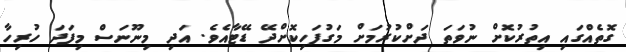
ގޮތެއްގައި އިތުރުކޮށް ނުވަތަ ދަށްކުރުމަށް މަގުފަހިކޮށްދޭ ޑޭޓާއެވެ. އަދި މިނޫނަސް މިފަދަ ހުރިހާ